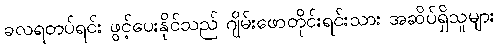
ခလရတပ်ရင်း ဖွင့်ပေးနိုင်သည် ဂျိမ်းဖောတိုင်းရင်းသား အဆိပ်ရှိသူများ